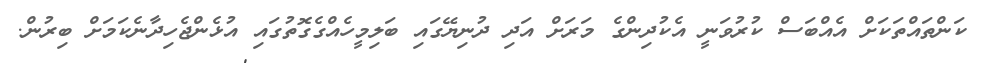
ކަންތައްތަކަށް އެއްބަސް ކުރުވަނީ އެކުދިންގެ މަރަށް އަދި ދުނިޔޭގައި ބަލިމީހެއްގެގޮތުގައި އުޅެންޖެހިދާނެކަމަށް ބިރުން.